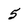
Character: 5